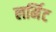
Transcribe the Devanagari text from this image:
लर्मिट